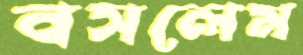
বসলেম